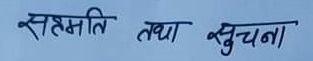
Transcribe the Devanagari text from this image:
सहमति तथा सुचना